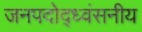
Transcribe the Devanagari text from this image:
जनपदोद्ध्वंसनीय